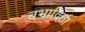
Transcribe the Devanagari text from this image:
बभाविता